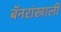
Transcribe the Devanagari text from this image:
बॅनरांखाली